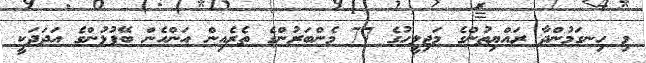
މި ހިނގަމުންދާ ރައްޔިތުންގެ މަޖިލީހުގެ 77 މެންބަރުންގެ ތެރެއިން އަންހެން ބޭފުޅުންގެ އަދަދަކީ